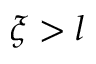
\xi > l